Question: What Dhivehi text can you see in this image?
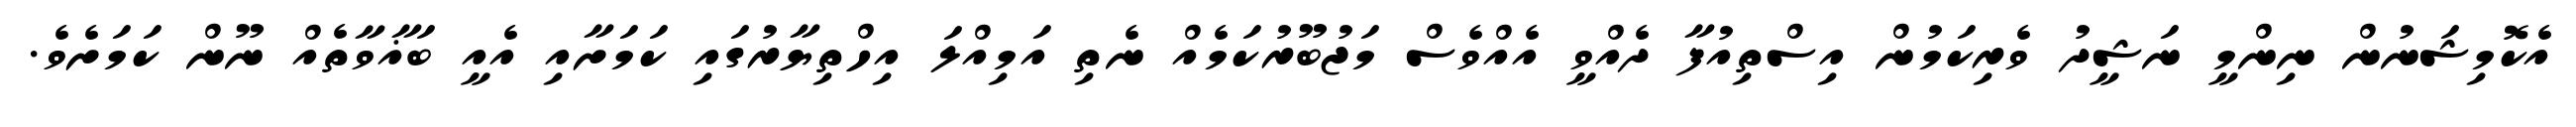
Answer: އެކޮމިޝަނުން ނިންމީ ނަޝީދު ވެރިކަމުން އިސްތިއުފާ ދެއްވީ އެއްވެސް މަޖުބޫރުކަމެއް ނެތި އަމިއްލަ އިހްތިޔާރުގައި ކަމަށާއި އެއީ ބަޣާވާތެއް ނޫން ކަމަށެވެ.